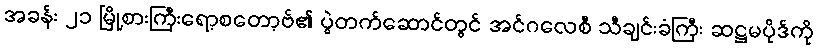
အခန်း ၂၁ မြို့စားကြီးရော့စတော့ဗ်၏ ပွဲတက်ဆောင်တွင် အင်ဂလေစီ သီချင်းခံကြီး ဆဋ္ဌမပိုဒ်ကို